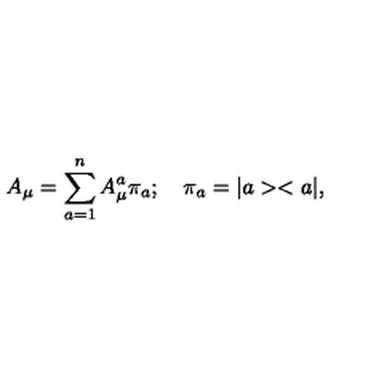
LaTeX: A _ { \mu } = \sum _ { a = 1 } ^ { n } A _ { \mu } ^ { a } \pi _ { a } ; \quad \pi _ { a } = | a > < a | ,